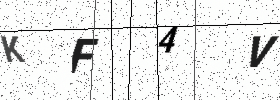
Text: KF4V